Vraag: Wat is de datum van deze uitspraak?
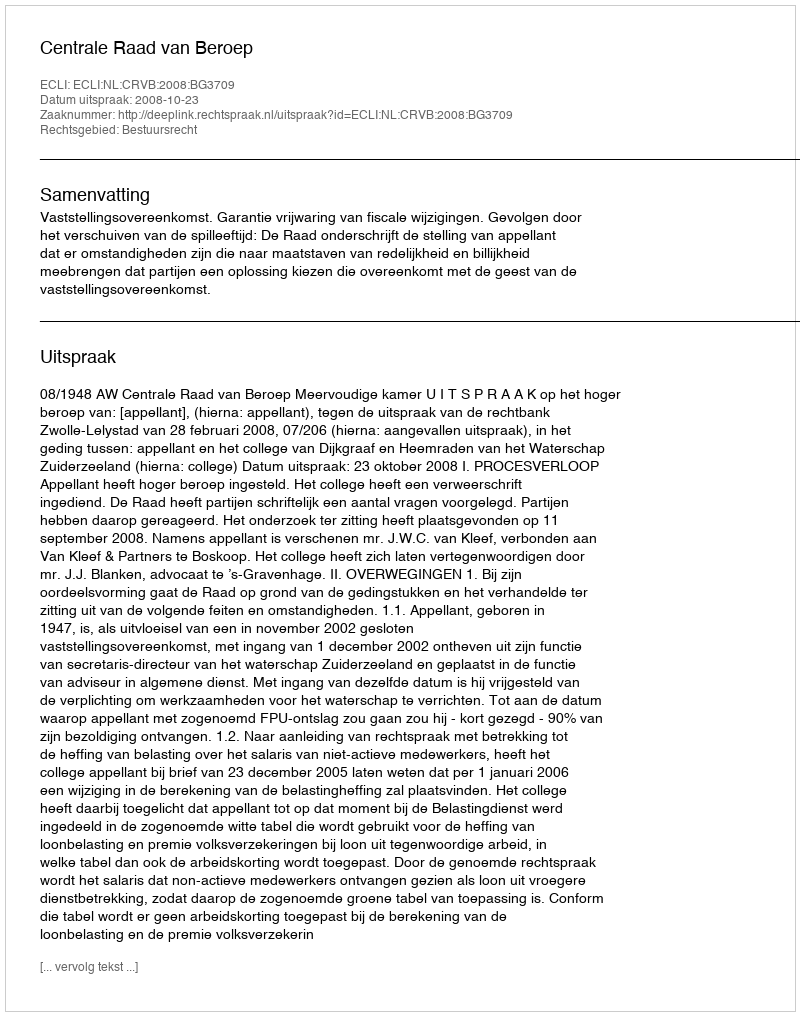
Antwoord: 2008-10-23